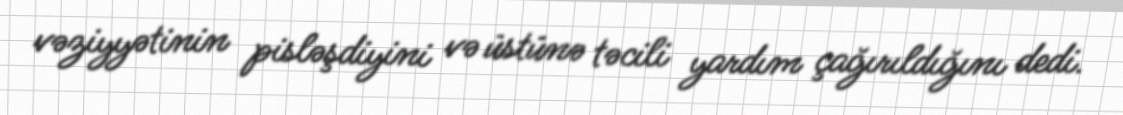
vəziyyətinin pisləşdiyini və üstünə təcili yardım çağırıldığını dedi.